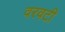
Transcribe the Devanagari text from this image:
वरवटी